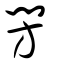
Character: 閍